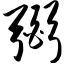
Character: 弼